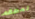
لمطعم